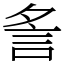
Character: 𧥧